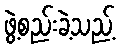
ဖွဲ့စည်းခဲ့သည့်